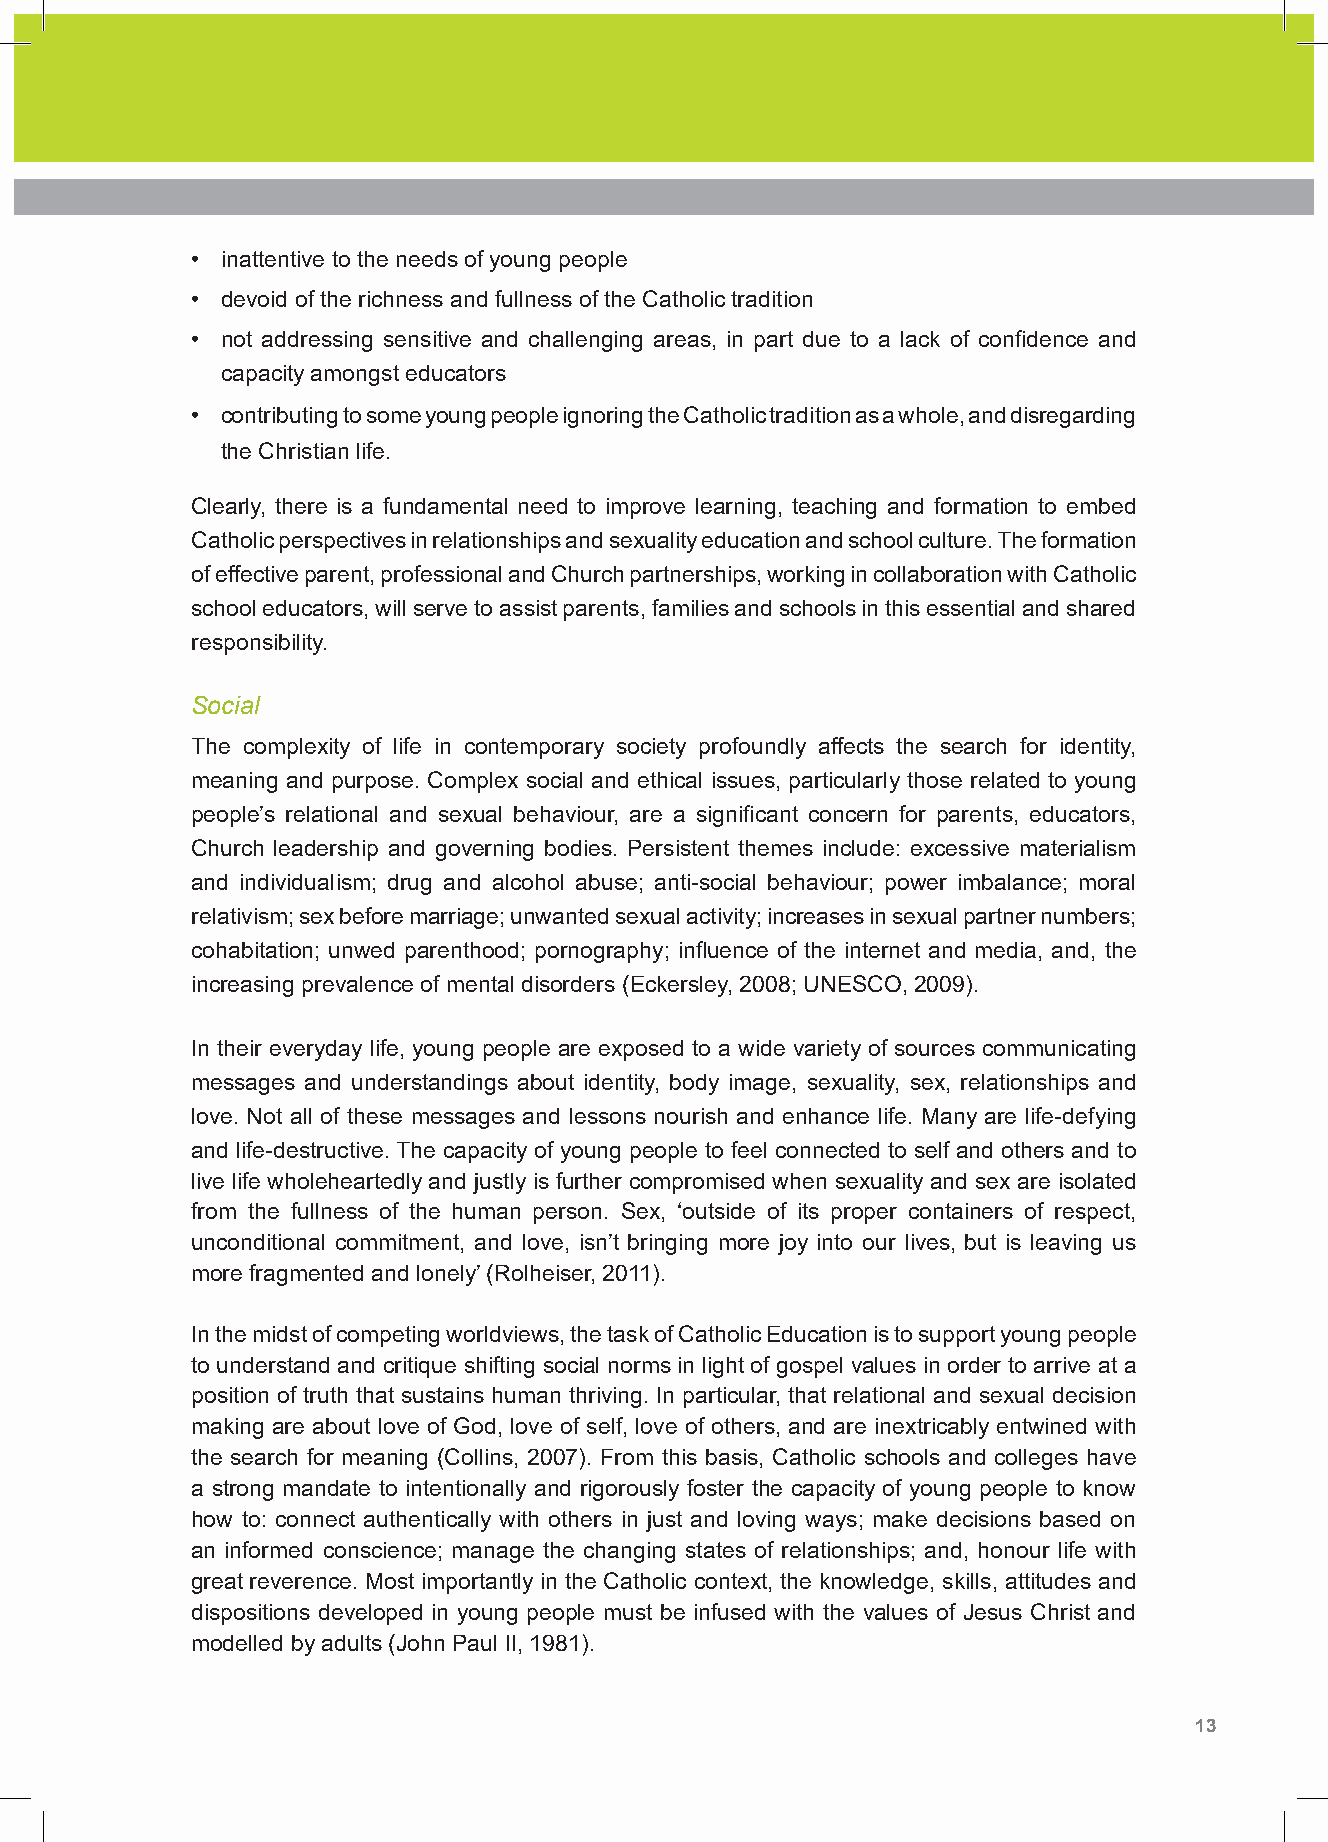
• inattentive to the needs of young people
 • devoid of the richness and fullness of the Catholic tradition
 • not addressing sensitive and challenging areas, in part due to a lack of confidence and
 capacity amongst educators
 • contributing to some young people ignoring the Catholic tradition as a whole, and disregarding
 the Christian life.
 Clearly, there is a fundamental need to improve learning, teaching and formation to embed
 Catholic perspectives in relationships and sexuality education and school culture. The formation
 of effective parent, professional and Church partnerships, working in collaboration with Catholic
 school educators, will serve to assist parents, families and schools in this essential and shared
 responsibility.
 Social
 The complexity of life in contemporary society profoundly affects the search for identity,
 meaning and purpose. Complex social and ethical issues, particularly those related to young
 people’s relational and sexual behaviour, are a significant concern for parents, educators,
 Church leadership and governing bodies. Persistent themes include: excessive materialism
 and individualism; drug and alcohol abuse; anti-social behaviour; power imbalance; moral
 relativism; sex before marriage; unwanted sexual activity; increases in sexual partner numbers;
 cohabitation; unwed parenthood; pornography; influence of the internet and media, and, the
 increasing prevalence of mental disorders (Eckersley, 2008; UNESCO, 2009).
 In their everyday life, young people are exposed to a wide variety of sources communicating
 messages and understandings about identity, body image, sexuality, sex, relationships and
 love. Not all of these messages and lessons nourish and enhance life. Many are life-defying
 and life-destructive. The capacity of young people to feel connected to self and others and to
 live life wholeheartedly and justly is further compromised when sexuality and sex are isolated
 from the fullness of the human person. Sex, ‘outside of its proper containers of respect,
 unconditional commitment, and love, isn’t bringing more joy into our lives, but is leaving us
 more fragmented and lonely’ (Rolheiser, 2011).
 In the midst of competing worldviews, the task of Catholic Education is to support young people
 to understand and critique shifting social norms in light of gospel values in order to arrive at a
 position of truth that sustains human thriving. In particular, that relational and sexual decision
 making are about love of God, love of self, love of others, and are inextricably entwined with
 the search for meaning (Collins, 2007). From this basis, Catholic schools and colleges have
 a strong mandate to intentionally and rigorously foster the capacity of young people to know
 how to: connect authentically with others in just and loving ways; make decisions based on
 an informed conscience; manage the changing states of relationships; and, honour life with
 great reverence. Most importantly in the Catholic context, the knowledge, skills, attitudes and
 dispositions developed in young people must be infused with the values of Jesus Christ and
 modelled by adults (John Paul II, 1981).
 12 Shape Paper - A Catholic Perspective on Relationships and Sexuality Education - Australian Curriculum: Health and Physical Education 13